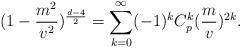
LaTeX: \begin{align*}(1-\frac{m^{2}}{v^{2}})^{\frac{d-4}{2}}=\sum_{k=0}^{\infty}(-1)^{k}C^{k}_{p}(\frac{m}{v})^{2k}.\end{align*}